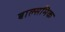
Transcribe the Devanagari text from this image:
बाल्समिक